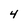
Character: 4